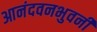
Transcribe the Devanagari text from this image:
आनंदवनभुवनी